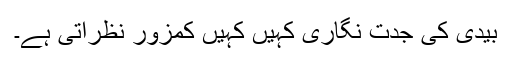
بیدی کی جدت نگاری کہیں کہیں کمزور نظرآتی ہے۔